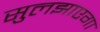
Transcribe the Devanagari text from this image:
सुलझाएगा